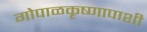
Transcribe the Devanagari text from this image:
गोपाळकृष्णापाशी